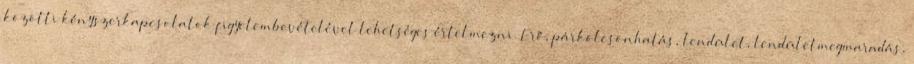
közötti kényszerkapcsolatok figyelembevételével lehetséges értelmezni. Erő, párkölcsönhatás, lendület, lendületmegmaradás,